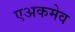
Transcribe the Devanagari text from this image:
एअकमेव